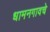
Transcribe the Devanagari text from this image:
धामनगावचे